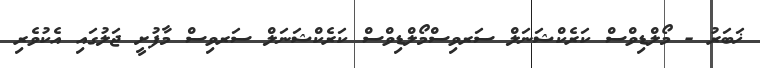
ޚަބަރު - މޯލްޑިވްސް ކަރެކްޝަނަލް ސަރވިސްމޯލްޑިވްސް ކަރެކްޝަނަލް ސަރވިސް މާފުށީ ޖަލުގައި އެކުވެރި